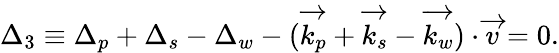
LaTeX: \Delta_{3}\equiv\Delta_{p}+\Delta_{s}-\Delta_{w}-(\overrightarrow{k_{p}}+\overrightarrow{k_{s}}-\overrightarrow{k_{w}})\cdot\overrightarrow{v}=0.